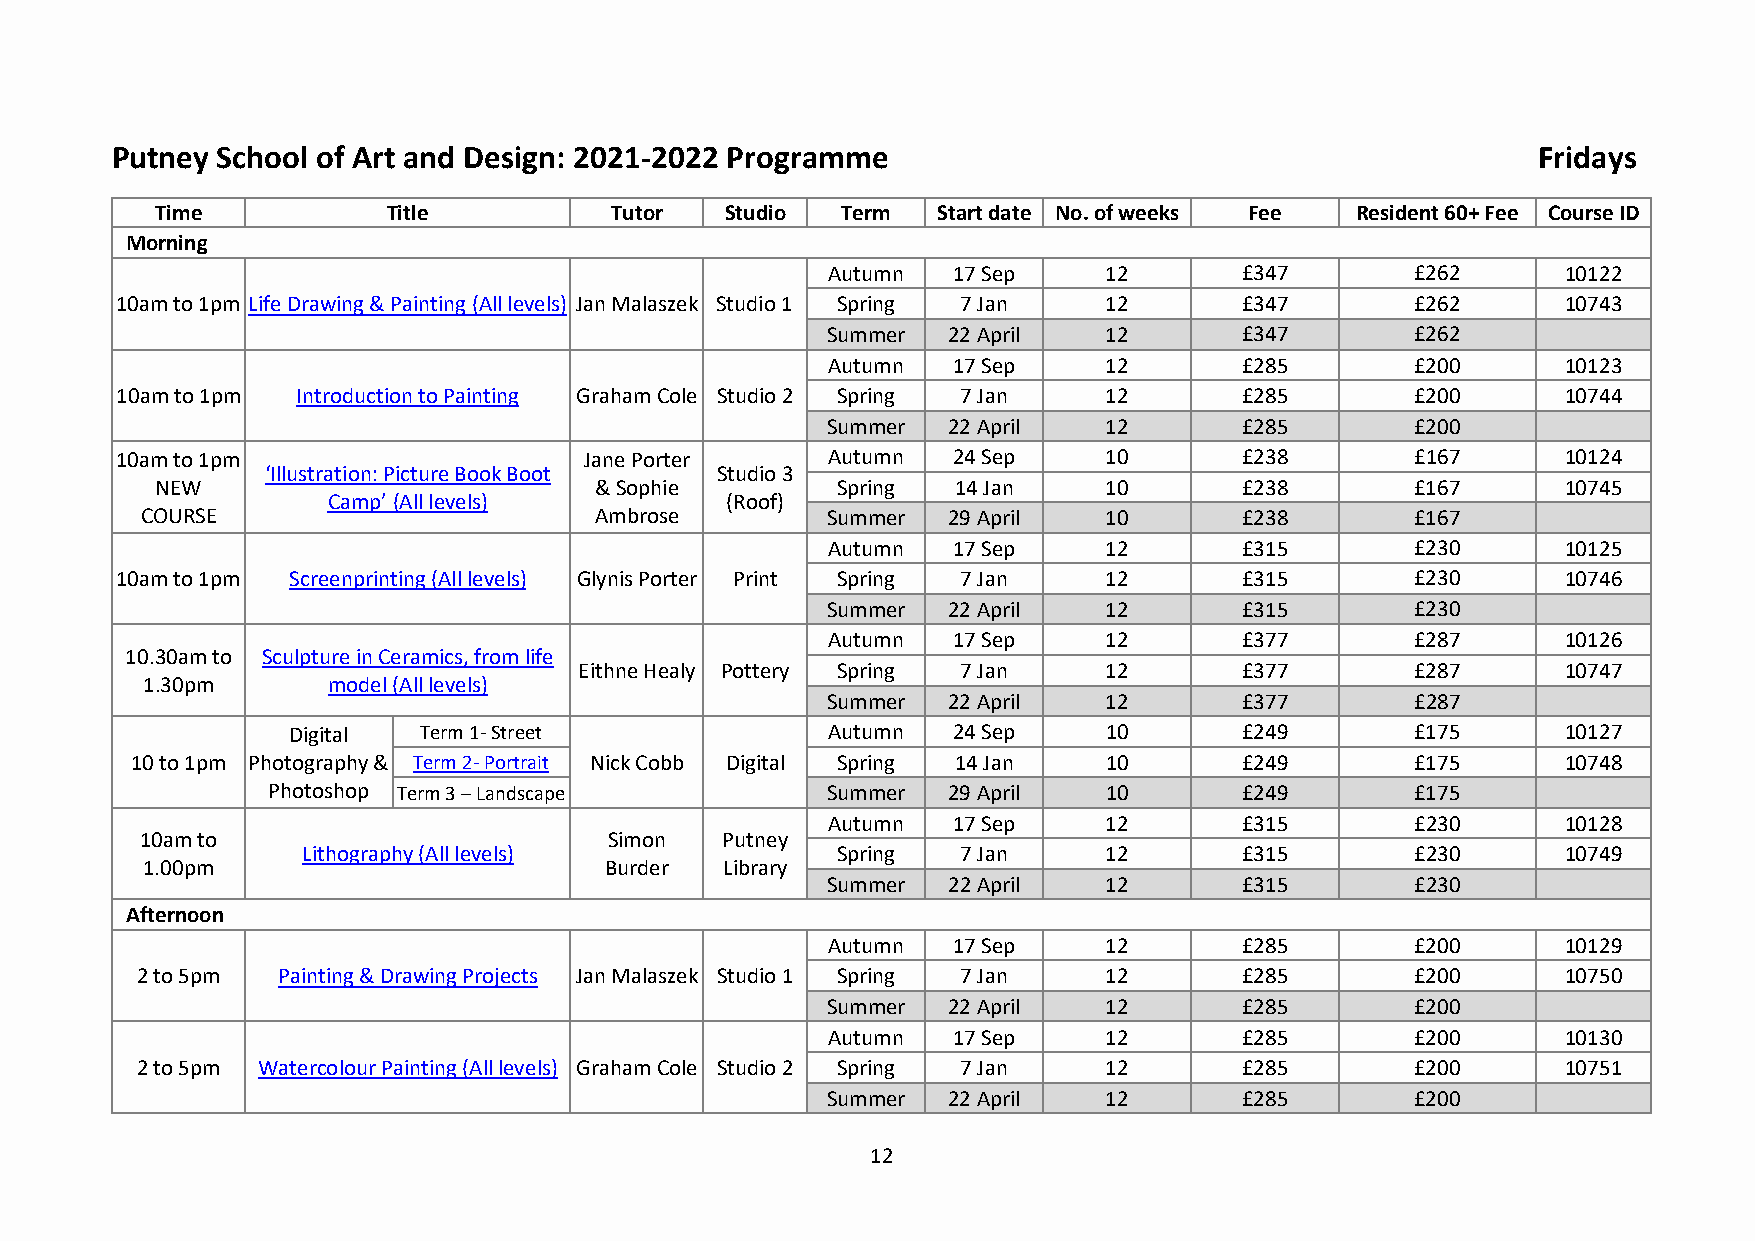
Putney School of Art and Design: 2021-2022 Programme                                           Fridays
 Time            Title         Tutor   Studio  Term  Start date No. of weeks Fee Resident 60+ Fee Course ID
 Morning
 Autumn  17 Sep    12       £347        £262      10122
 10am to 1pm Life Drawing & Painting (All levels) Jan Malaszek Studio 1 Spring 7 Jan 12 £347 £262 10743
 Summer  22 April  12       £347        £262
 Autumn  17 Sep    12       £285        £200      10123
 10am to 1pm Introduction to Painting Graham Cole Studio 2 Spring 7 Jan 12 £285        £200      10744
 Summer  22 April  12       £285        £200
 10am to 1pm                    Jane Porter     Autumn  24 Sep    10       £238        £167      10124
 ‘Illustration: Picture Book Boot Studio 3
 NEW                          & Sophie        Spring  14 Jan    10       £238        £167      10745
 Camp’ (All levels)        (Roof)
 COURSE                        Ambrose         Summer  29 April  10       £238        £167
 Autumn  17 Sep    12       £315        £230      10125
 10am to 1pm Screenprinting (All levels) Glynis Porter Print Spring 7 Jan 12 £315      £230      10746
 Summer  22 April  12       £315        £230
 Autumn  17 Sep    12       £377        £287      10126
 10.30am to Sculpture in Ceramics, from life
 Eithne Healy Pottery Spring 7 Jan  12       £377        £287      10747
 1.30pm       model (All levels)
 Summer  22 April  12       £377        £287
 Digital  Term 1- Street             Autumn  24 Sep    10       £249        £175      10127
 10 to 1pm Photography & Term 2- Portrait Nick Cobb Digital Spring 14 Jan 10 £249     £175      10748
 Photoshop Term 3 – Landscape         Summer  29 April  10       £249        £175
 Autumn  17 Sep    12       £315        £230      10128
 10am to                        Simon   Putney
 Lithography (All levels)           Spring   7 Jan    12       £315        £230      10749
 1.00pm                         Burder  Library
 Summer  22 April  12       £315        £230
 Afternoon
 Autumn  17 Sep    12       £285        £200      10129
 2 to 5pm Painting & Drawing Projects Jan Malaszek Studio 1 Spring 7 Jan 12 £285      £200      10750
 Summer  22 April  12       £285        £200
 Autumn  17 Sep    12       £285        £200      10130
 2 to 5pm Watercolour Painting (All levels) Graham Cole Studio 2 Spring 7 Jan 12 £285 £200      10751
 Summer  22 April  12       £285        £200
 12